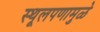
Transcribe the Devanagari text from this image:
स्थूलपणामुळे